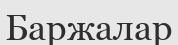
Баржалар